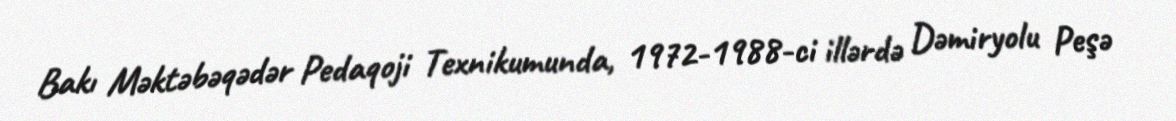
Bakı Məktəbəqədər Pedaqoji Texnikumunda, 1972-1988-ci illərdə Dəmiryolu Peşə